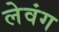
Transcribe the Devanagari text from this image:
लेवंग